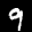
Label: 9